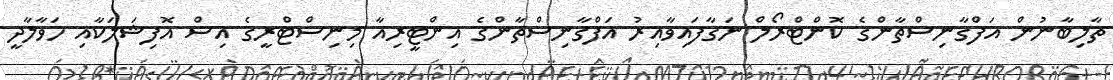
ތާލިބާނުން އަފްގާނިސްތާންގެ ކޮންޓްރޯލް ނަގާފައިވާއިރު އަފްގާނިސްތާންގެ އިންޓީރިއާ މިނިސްޓްރީގެ އިސް އޮފިޝަލަކާއި ހަވާލާދީ